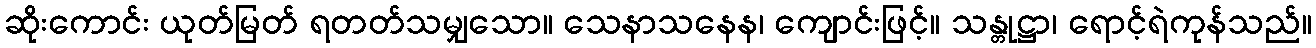
ဆိုးကောင်း ယုတ်မြတ် ရတတ်သမျှသော။ သေနာသနေန၊ ကျောင်းဖြင့်။ သန္တုဋ္ဌာ၊ ရောင့်ရဲကုန်သည်။